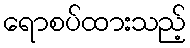
ရောစပ်ထားသည့်